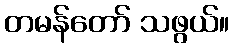
တမန်တော် သဖွယ်။